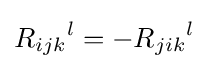
{R_{ijk}}^{l}=-{R_{jik}}^{l}